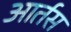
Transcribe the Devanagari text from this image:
आर्तस